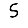
Digit: 5